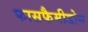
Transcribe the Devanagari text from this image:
फासफैमीडोन